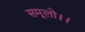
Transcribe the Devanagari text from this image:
समूलो।।